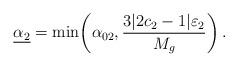
LaTeX: \begin{align*}\underline{\alpha_2} =\min\!\left(\alpha_{02}, \dfrac{3|2c_2-1| \varepsilon_2}{M_g}\right).\end{align*}